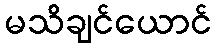
မသိချင်ယောင်